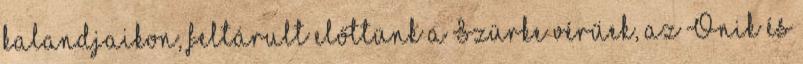
kalandjaikon, feltárult előttünk a Szürke vérűek, az Onik és